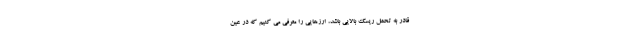
قادر به تحمل ریسک بالایی باشد، ارزهایی را معرفی می کنیم که در عین